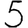
Digit: 5